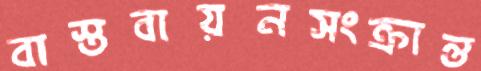
বাস্তবায়নসংক্রান্ত